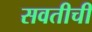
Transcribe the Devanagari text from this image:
सवतीची